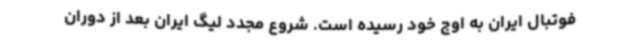
فوتبال ایران به اوج خود رسیده است. شروع مجدد لیگ ایران بعد از دوران